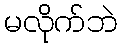
မလိုက်ဘဲ